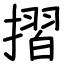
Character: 摺